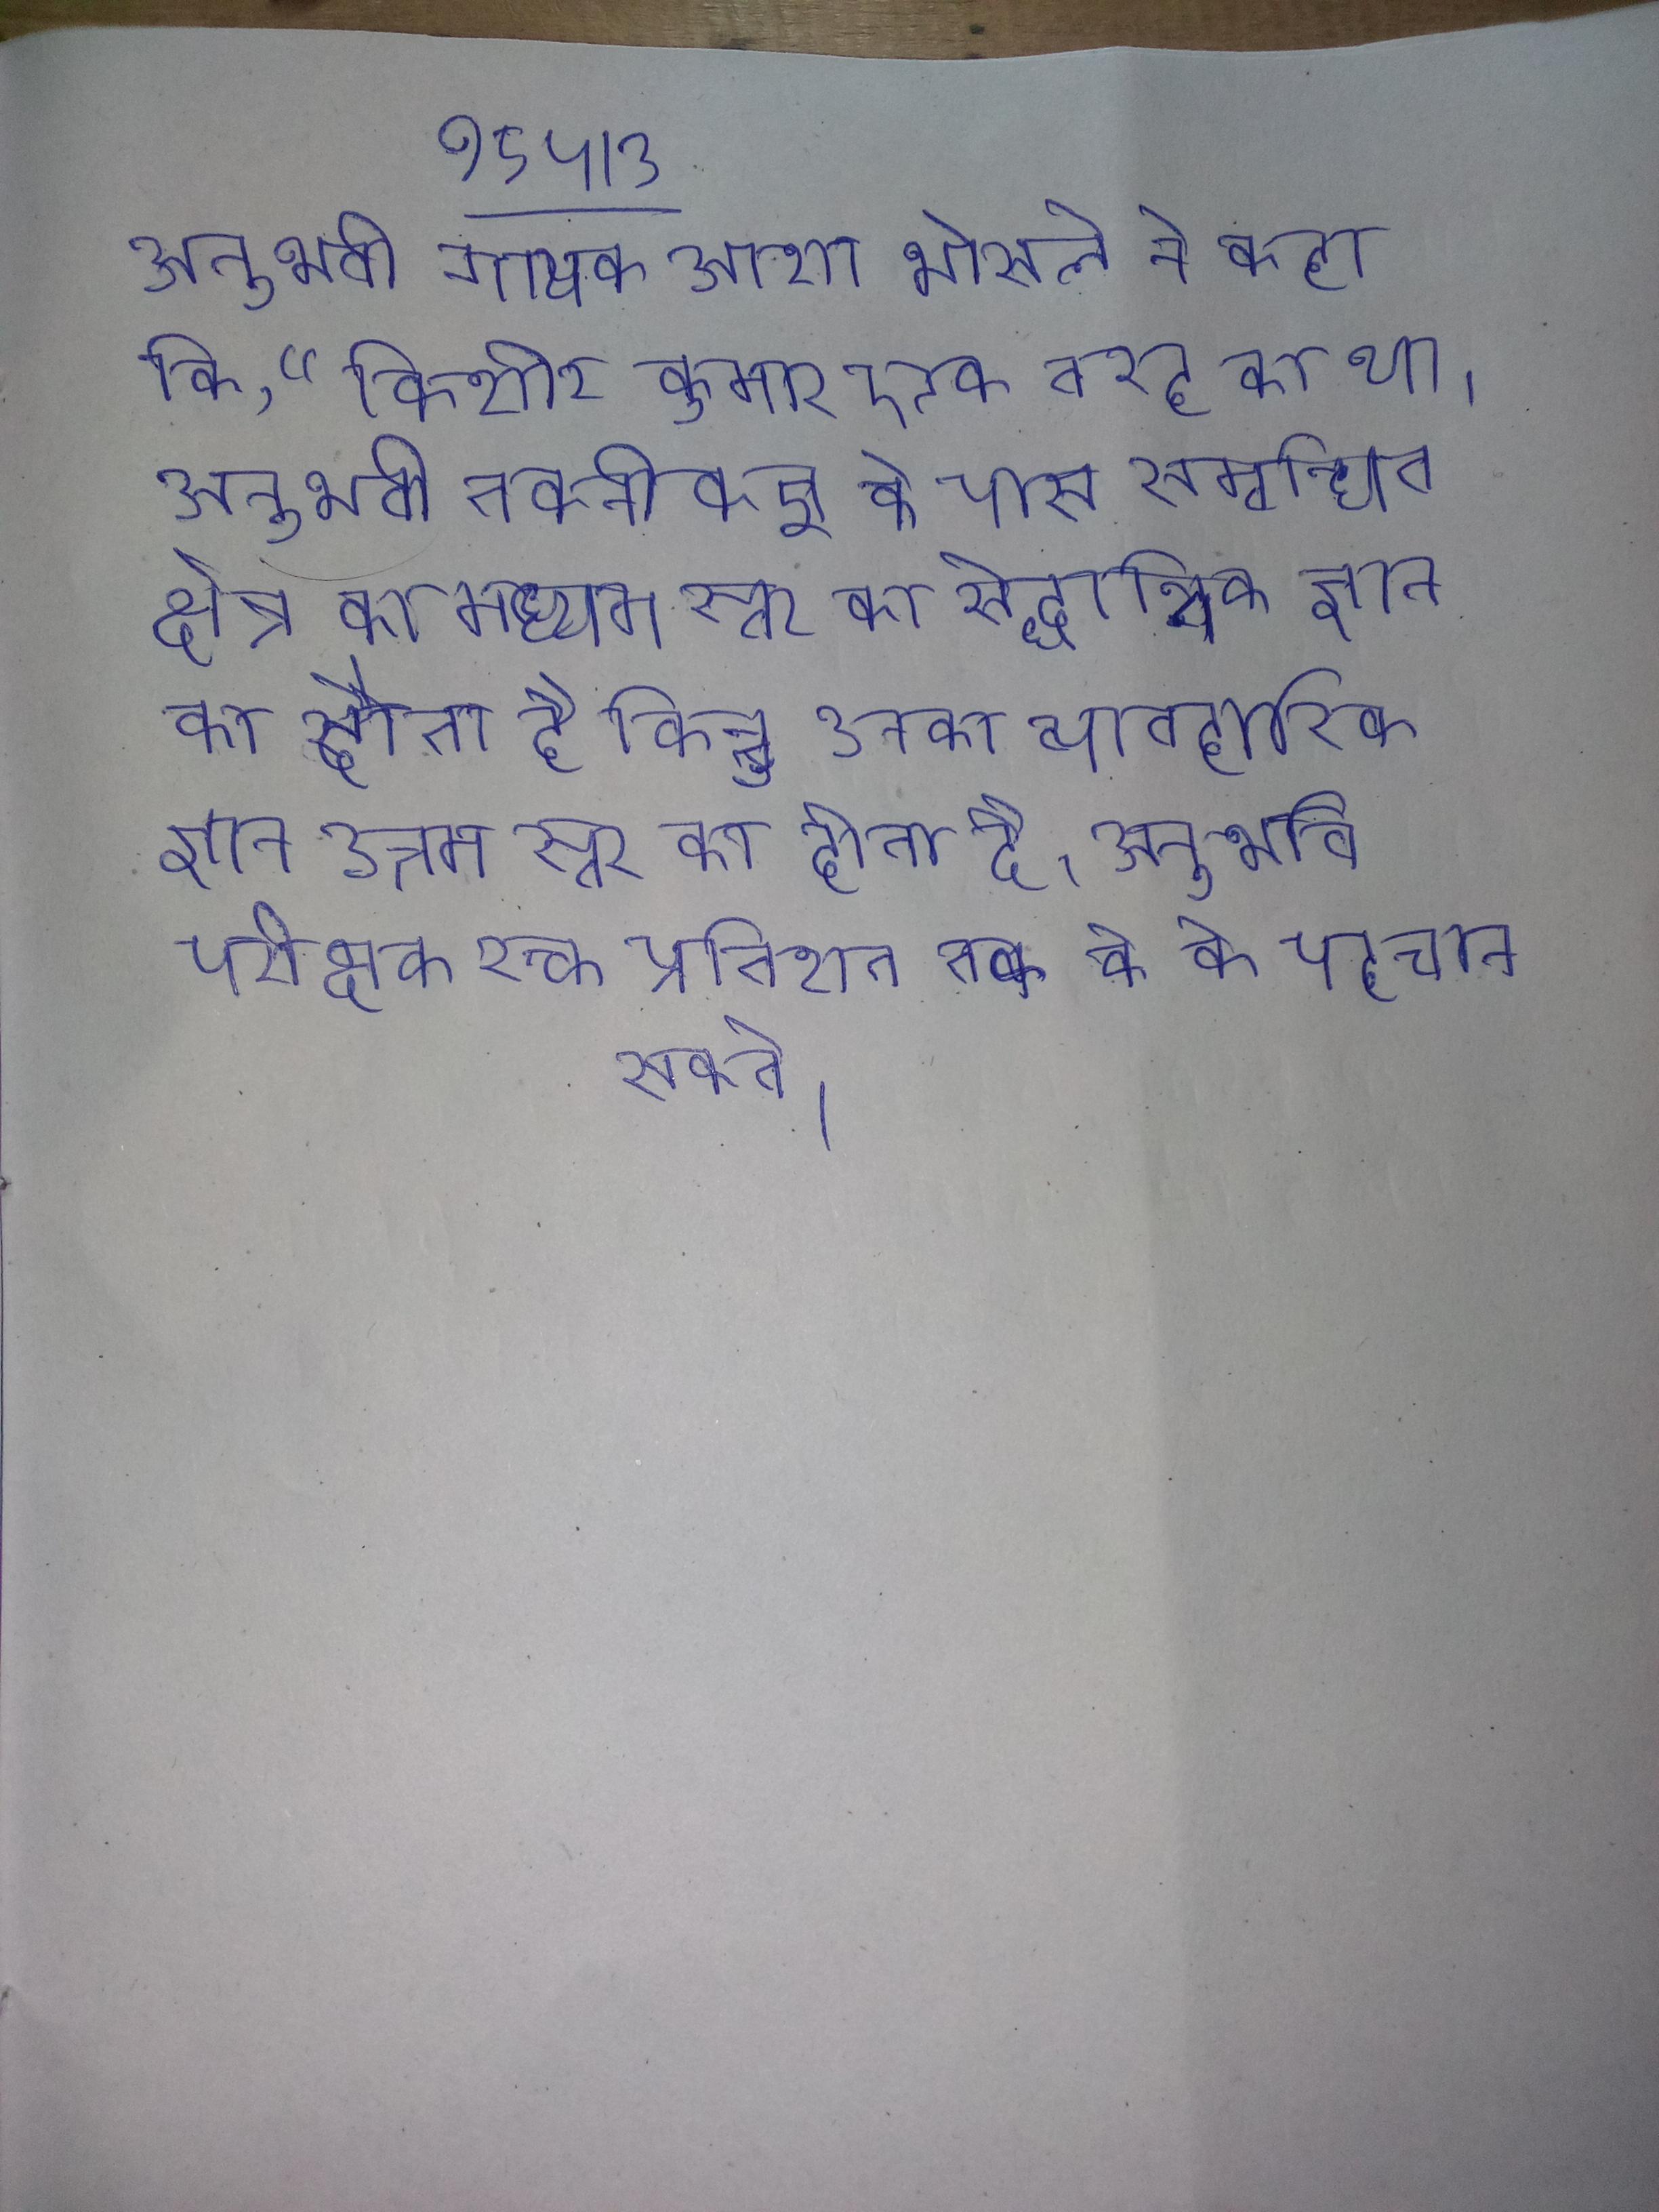
अनुभवी गायक आशा भोसले ने कहा कि, "किशोर कुमार एक तरह का था । अनुभवी तकनीकज्ञ के पास सम्बन्धित क्षेत्र का मध्यम स्तर का सैद्धान्तिक ज्ञान होता है किन्तु उनका व्यावहारिक ज्ञान उत्तम स्तर का होता है । अनुभवी परीक्षक रक्त प्रतिशत तक के को पहचान सकते ।